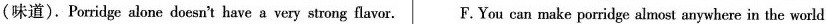
(味道).Porridge alone doesn't have a very strong flavor. F.You can make porridge almost anywhere in the world